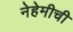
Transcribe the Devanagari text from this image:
नेहेमीची